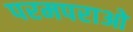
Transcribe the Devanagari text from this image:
परमपराओ